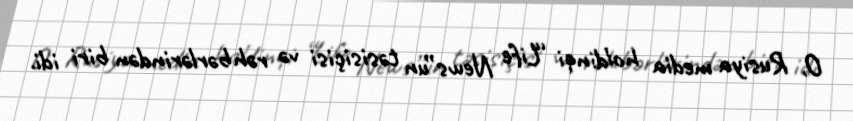
O, Rusiya media holdinqi “Life News”un təsisiçisi və rəhbərlərindən biri idi.